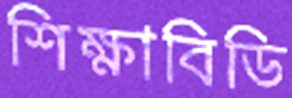
শিক্ষাবিডি